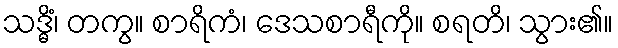
သဒ္ဓိံ၊ တကွ။ စာရိကံ၊ ဒေသစာရီကို။ စရတိ၊ သွား၏။